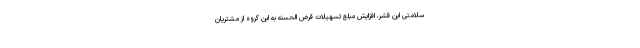
سلامتی این قشر، افزایش مبلغ تسهیلات قرض الحسنه به این گروه از مشتریان